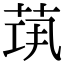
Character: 𦯋